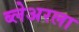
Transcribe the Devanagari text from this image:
ब्लेअरला